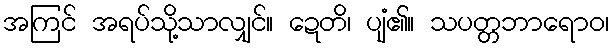
အကြင် အရပ်သို့သာလျှင်။ ဍေတိ၊ ပျံ၏။ သပတ္တဘာရောဝ၊